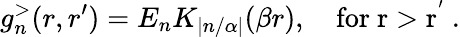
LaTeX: g_{n}^{>}(r,r^{\prime})=E_{n}K_{|n/\alpha|}(\beta r),\quad\mathrm{for~r>r^{'}~.}